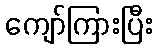
ကျော်ကြားပြီး